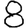
Digit: 8